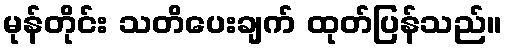
မုန်တိုင်း သတိပေးချက် ထုတ်ပြန်သည်။